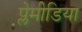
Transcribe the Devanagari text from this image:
प्लेमीडिया